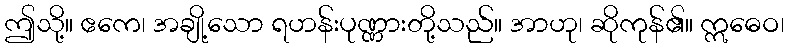
ဤသို့။ ဧကေ၊ အချို့သော ရဟန်းပုဏ္ဏားတို့သည်။ အာဟု၊ ဆိုကုန်၏။ ဣဓေဝ၊